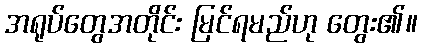
အရုပ်တွေအတိုင်း မြင်ရမည်ဟု တွေး၏။